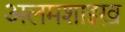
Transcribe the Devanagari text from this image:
अलमशाइख़